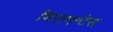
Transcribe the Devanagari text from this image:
मिरामन्टेस